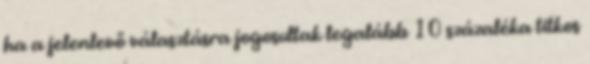
ha a jelenlevő választásra jogosultak legalább 10 százaléka titkos